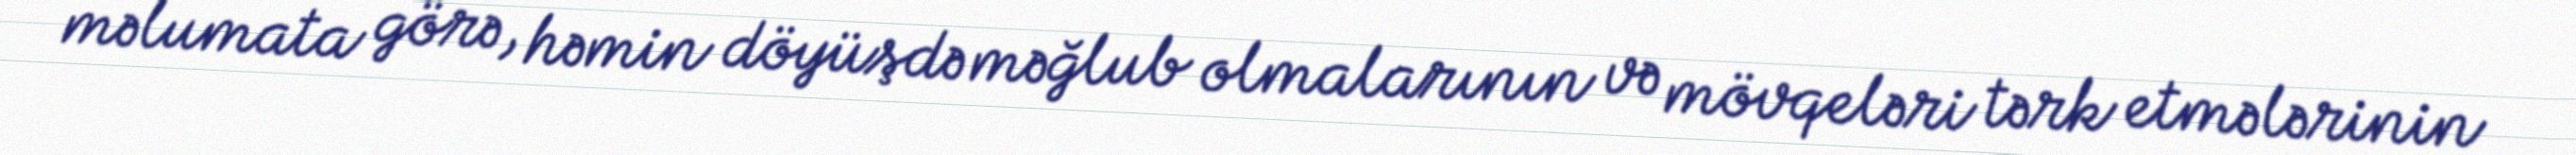
məlumata görə, həmin döyüşdə məğlub olmalarının və mövqeləri tərk etmələrinin